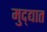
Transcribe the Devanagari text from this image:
मुद्द्यात